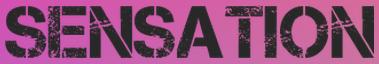
SENSATION